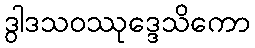
ဒွါဒသဝဿုဒ္ဒေသိကော